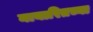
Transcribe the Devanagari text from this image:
नायारितच्या